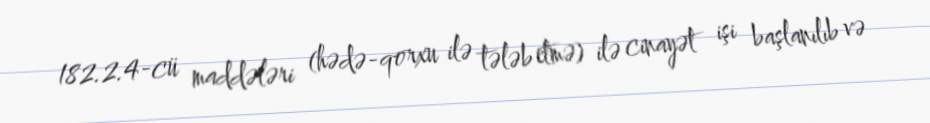
182.2.4-cü maddələri (hədə-qorxu ilə tələb etmə) ilə cinayət işi başlanılıb və